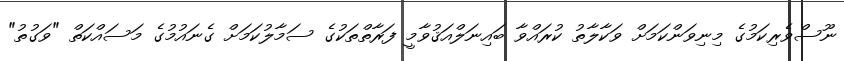
ނޫސްވެރިކަމުގެ މިނިވަންކަމަށް ވަކާލާތު ކުރައްވާ ބައިނަލްއަޤުވާމީ ފަރާތްތަކުގެ ސަމާލުކަމަށް ގެނައުމުގެ މަސައްކަތް "ވަގުތު"